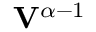
\mathbf { V } ^ { \alpha - 1 }